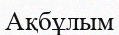
Ақбұлым